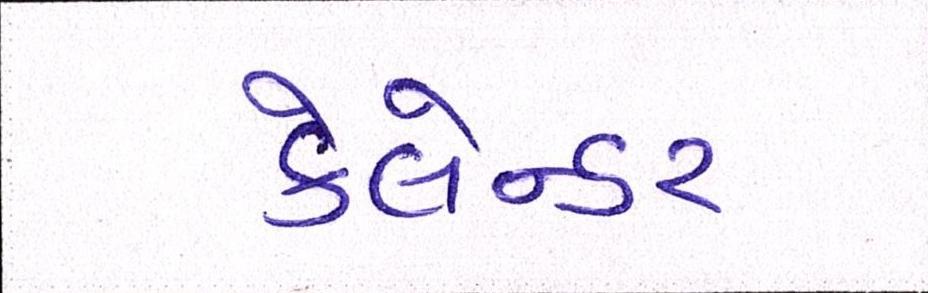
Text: કેલેન્ડર